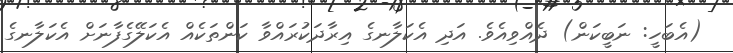
(އެބަހީ: ނަބީކަން) ދެއްވިއެވެ. އަދި އެކަލާނގެ އިރާދަކުރައްވާ ކަންތަކެއް އެކަލޭގެފާނަށް އެކަލާނގެ